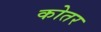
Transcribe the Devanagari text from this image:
कोतर